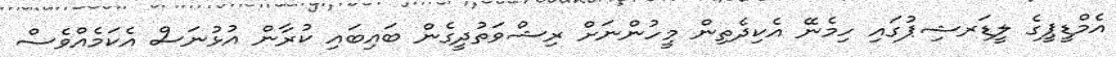
އެމްޑީޕީގެ ލީޑަރޝިޕުގައި ހިމެނޭ އެކިދެތިން މީހުންނަށް ރިޝްވަތުދީގެން ބައިބައި ކުރާން އުޅުނަސް އެކަމެއްވެސް